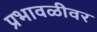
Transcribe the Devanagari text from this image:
प्रभावळीवर